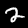
Digit: 2